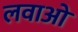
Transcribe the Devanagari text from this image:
लवाओ